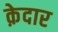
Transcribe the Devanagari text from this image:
क़ेदार